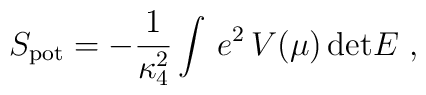
S_{\rm pot} = -{1\over \kappa_4^2}\int\, e^2\, V(\mu)\, \mathrm{det}E~,